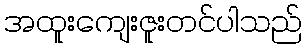
အထူးကျေးဇူးတင်ပါသည်